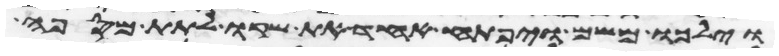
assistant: וילכו משם ויפתח אחד את שקו לתת מספה